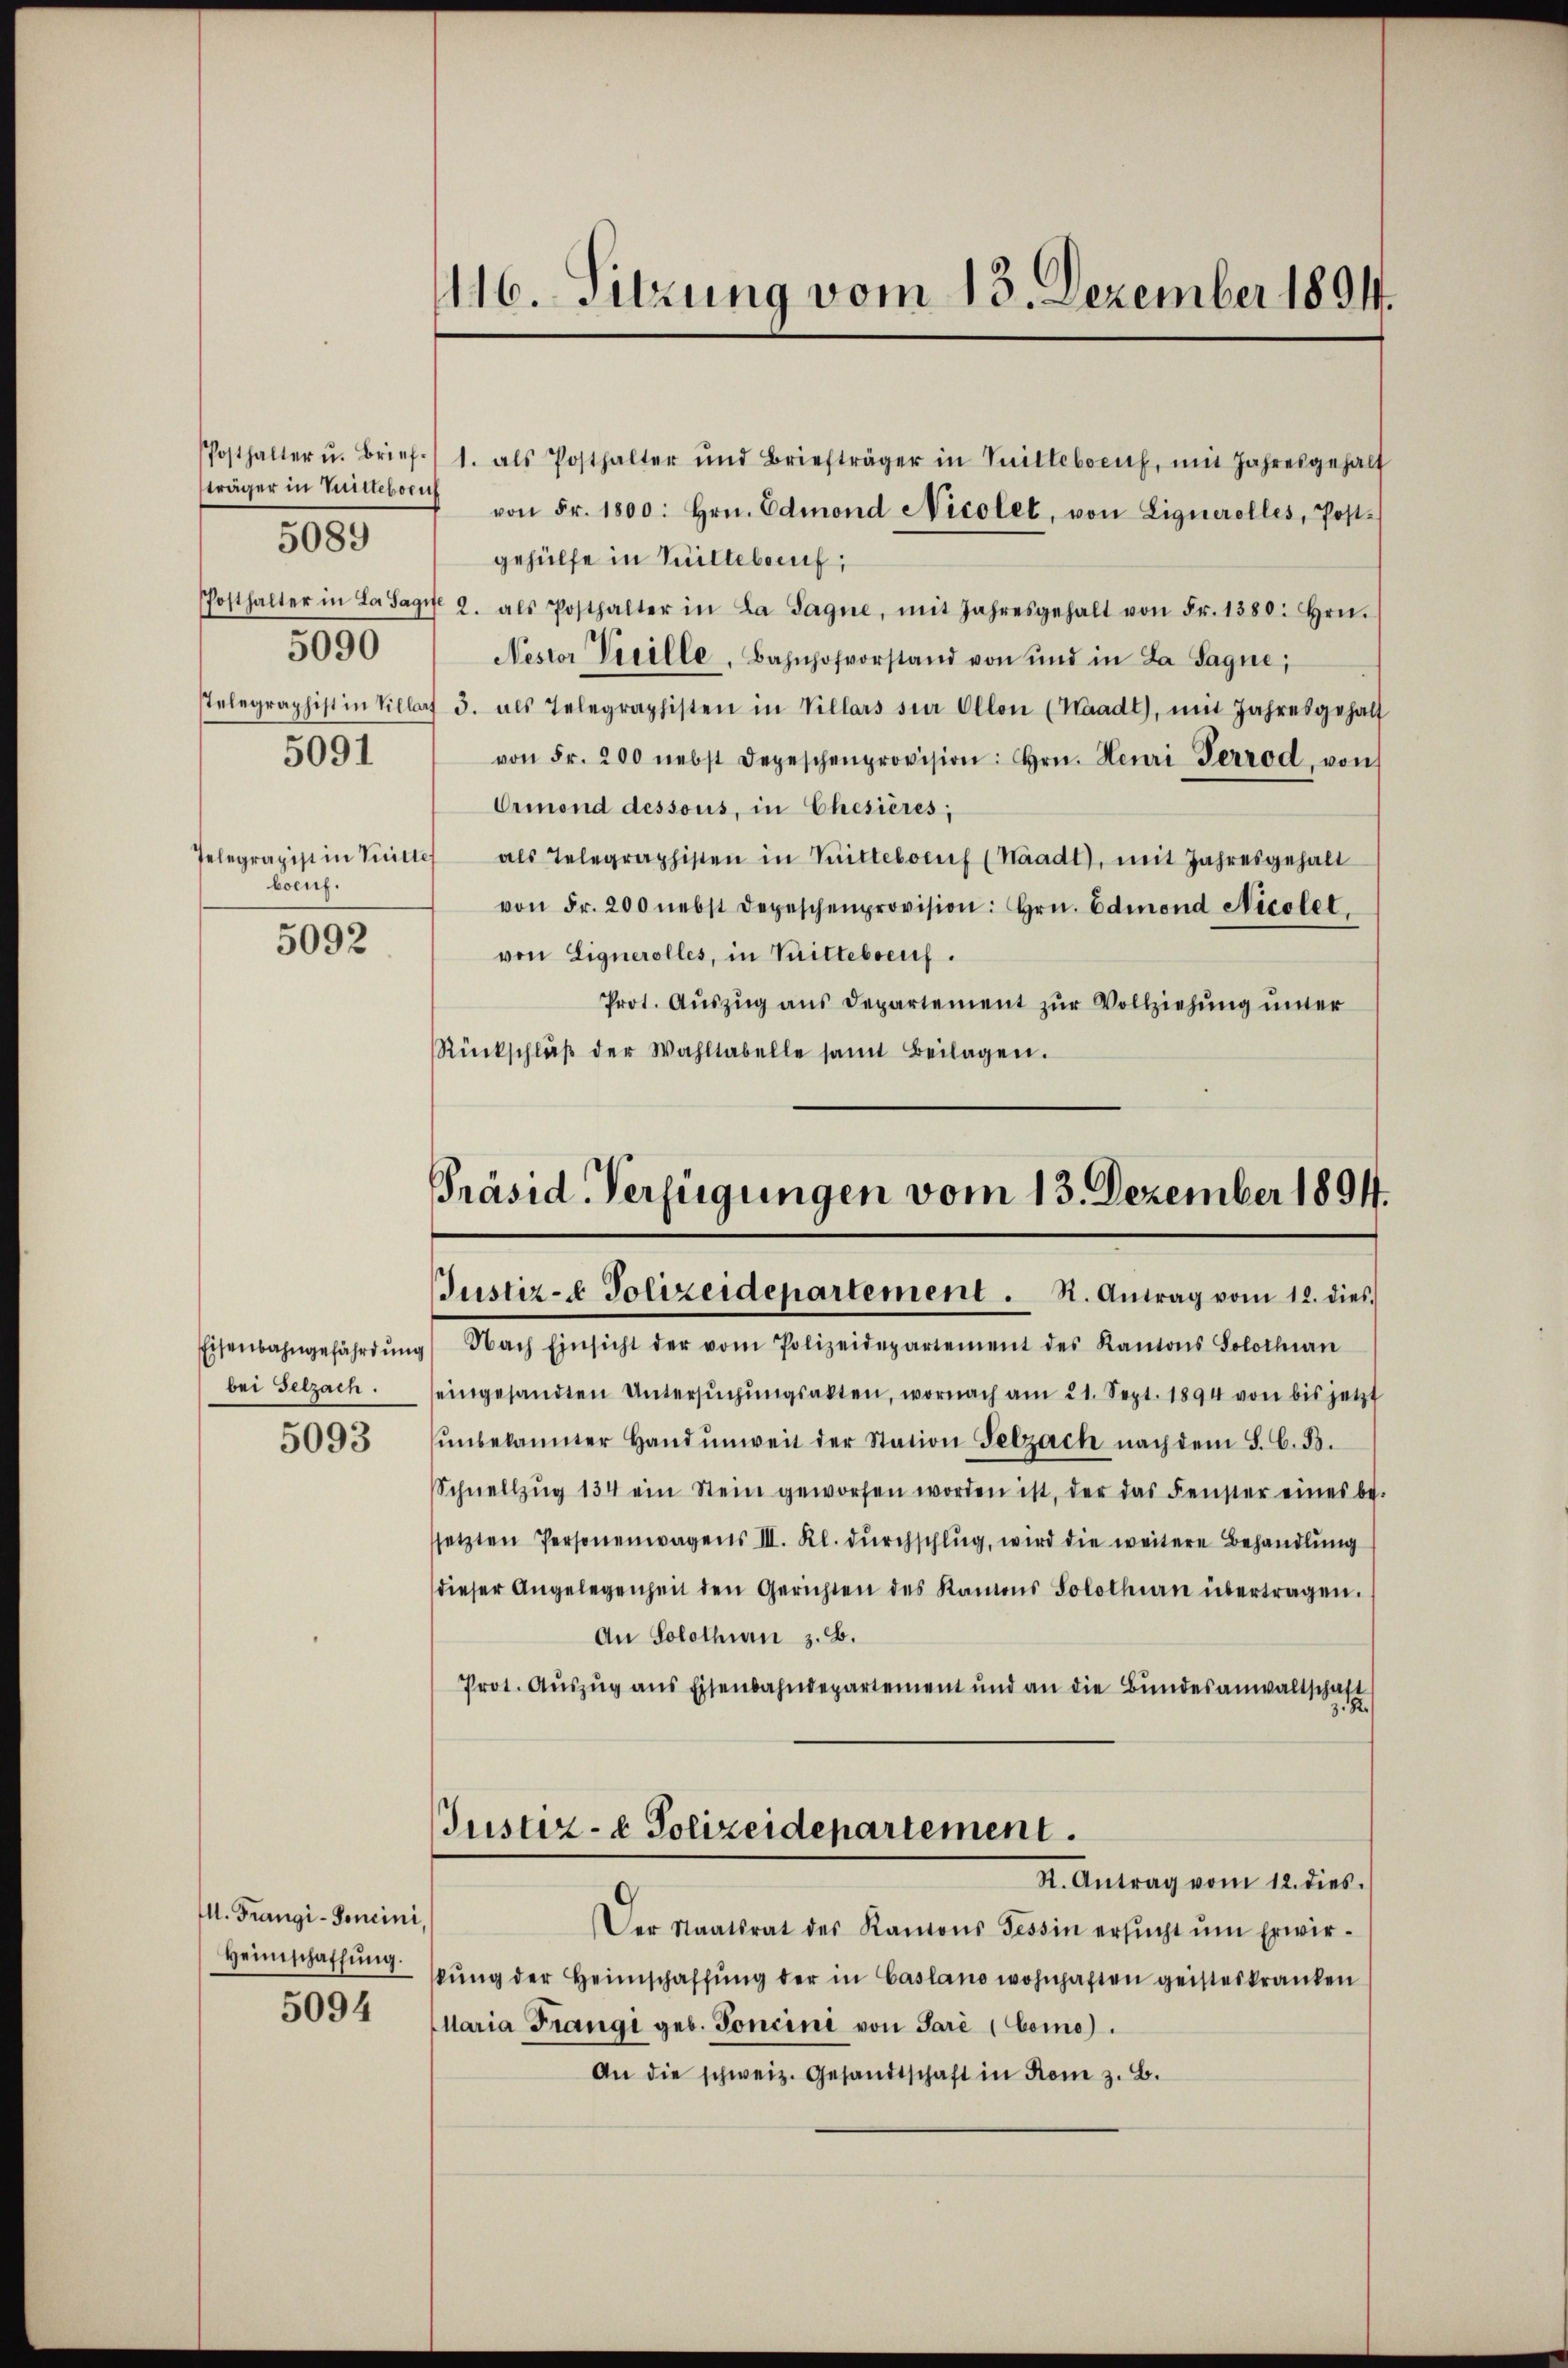
träger in Vnteborn
5089
5091
Telegrapist in Sitte
boeuf.
5092

5090

Eisenbahngefährdung
bei Selzach.
5093

M. Frangi-Soncini
Heimschaffung.
5094

116. Sitzung vom 13. Dezember 1894.

Präsid. Verfügungen vom 13. Dezember 1894.

Posthalter u. Brief. 1. als Posthalter und Briefträger in Villebocuf, mit Jahresgehalt
von Fr. 1800. Hrn. Edmond Nicolet, von Lignerolles, Post-
gehülfe in Guillebruf,
Posthalter in da sage 2. als Posthalter in La Sagne, mit Jahresgehalt von Fr. 1380: hrn.
Nestor Preille, Bahnhofvorstand von und in La Sagne,
sTelegraphist in Villaf 3. als Telegraphisten in Villars sie Ollon (Waadt, mit Jahresgehalt
von Fr. 200 nebst Depeschenprovision: hrn. Henri Perrod, von
Ormond dessous, in Chesières;
als Telegraphisten in Mitteloeuf (Waadt, mit Jahresgehalt
von Fr. 200 nebst Depeschenprovision: hrn. Edmond Nicolet
von Lignerolles, in Trittebaeuf.
Prot. Auszug aus Departement zur Vollziehung unter
Rückschlŭβ der Wahltabelle samt Beilagen.

) Nach Einsicht der vom Polizeidepartement des Kantons Solothurn
eingesandten Untersŭchŭngsakten, wornach am 21. Sept. 1894 von bis jetzt
ŭnbekannter Hand unweit der Station Selzach nach dem S. C. B.
Schnellzŭg 134 ein Stein geworfen worden ist, der das Fenster eines be-
setzten Personenwagens III. Kl. dŭrchschlŭg, wird die weitere Behandlung
dieser Angelegenheit den Gerichten des Kamens Solothurn übertragen.
An Solothurn z. B.
Prot. Aŭszŭg ans Eisenbahndepartement und an die Bŭndesanwaltschaft
Justiz- & Polizeidepartement.
R. Antrag vom 12. dies.
Der Staatsrat des Kantons Tessin ersŭcht ŭm Erwir-
kŭng der Heimschaffŭng der in Caslano wohnhaften geisteskranken
laria Frangi geb. Foncini von Pare (Como).
An die schweiz. Gesandtschaft in Rom z. B.

Justiz- & Polizeidepartement . N. Antrag vom 12. dies